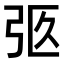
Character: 𢏉